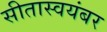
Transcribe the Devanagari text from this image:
सीतास्वयंबर